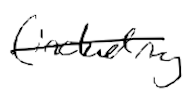
Text: (including
Cross-out: single-line
Writing tool: digital_black